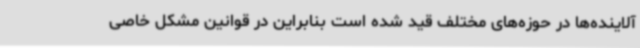
آلاینده‌ها در حوزه‌های مختلف قید شده است بنابراین در قوانین مشکل خاصی